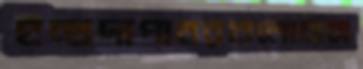
ইন্দ্রদাপাথরগুলোচাচা